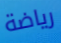
رياضة